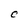
Character: C